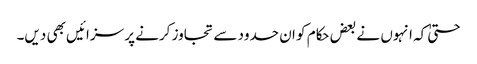
حتیٰ کہ انہوں نے بعض حکام کو ان حدود سے تجاوز کرنے پر سزائیں بھی دیں۔